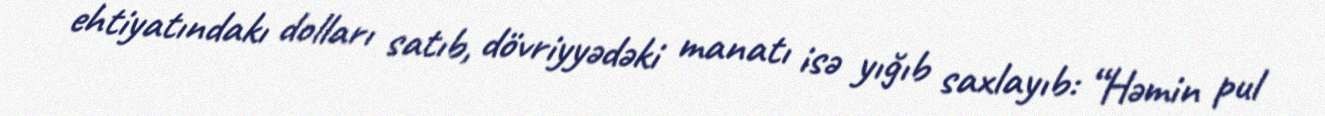
ehtiyatındakı dolları satıb, dövriyyədəki manatı isə yığıb saxlayıb: “Həmin pul